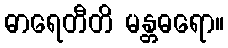
ဓာရေတီတိ မန္တဓရော။